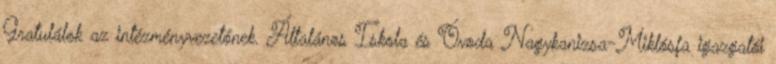
Gratulálok az intézményvezetőnek. Általános Iskola és Óvoda Nagykanizsa-Miklósfa igazgatói